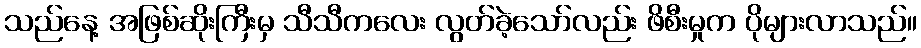
သည်နေ့ အဖြစ်ဆိုးကြီးမှ သီသီကလေး လွတ်ခဲ့သော်လည်း ဖိစီးမှုက ပိုများလာသည်။